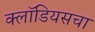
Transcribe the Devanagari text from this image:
क्लॉडियसचा